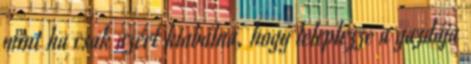
mint ha csak azért kiabálna, hogy leleplezze a gazdája